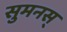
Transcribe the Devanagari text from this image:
सुमनस्‌